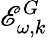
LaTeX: \mathscr{E}_{\omega,k}^{G}